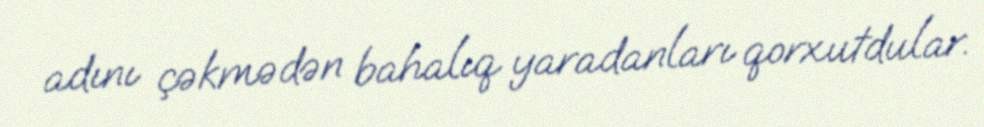
adını çəkmədən bahalıq yaradanları qorxutdular.